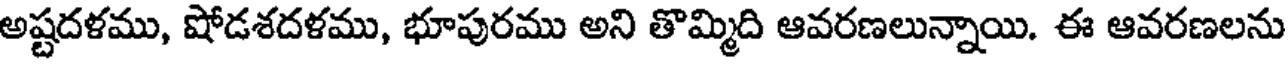
అష్టదళము, షోడశదళము, భూపురము అని తొమ్మిది ఆవరణలున్నాయి. ఈ ఆవరణలను